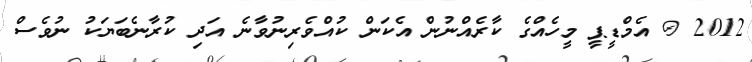
2012 @ އެމްޑީޕީ މީހެއްގެ ކާރެއްނުން އެކަން ކުއްވެރިނުވާނެ އަދި ކުރާނެބަޔަކު ނުވެސް